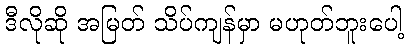
ဒီလိုဆို အမြတ် သိပ်ကျန်မှာ မဟုတ်ဘူးပေါ့